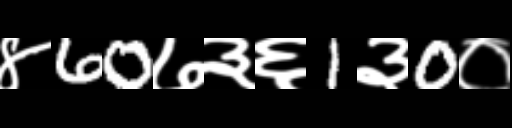
Text: ४60७३६1३0०